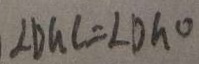
\angle D G C = \angle D h O